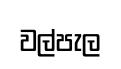
වල්පැල